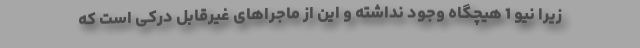
زیرا نیو 1 هیچگاه وجود نداشته و این از ماجراهای غیرقابل درکی است که